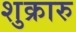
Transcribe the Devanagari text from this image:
शुक्रारु